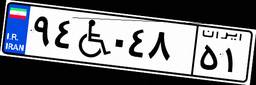
۹۴W۰۴۸۵۱